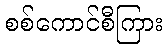
စစ်ကောင်စီကြား